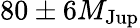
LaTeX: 80\pm 6M_{\mathrm{Jup}}